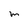
Character: m